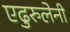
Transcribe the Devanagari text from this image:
एढुरुलेनी